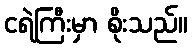
ငရဲကြီးမှာ စိုးသည်။